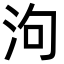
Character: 泃